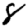
Digit: 8